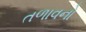
તળાવનો